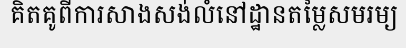
គិតគូពីការសាងសង់លំនៅដ្ឋានតម្លៃសមរម្យ